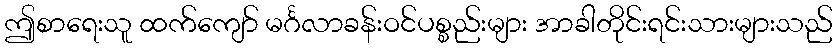
ဤစာရေးသူ ထက်ကျော် မင်္ဂလာခန်းဝင်ပစ္စည်းများ အာခါတိုင်းရင်းသားများသည်